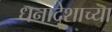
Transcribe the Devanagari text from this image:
धनादेशाच्या